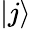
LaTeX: \vert j\rangle